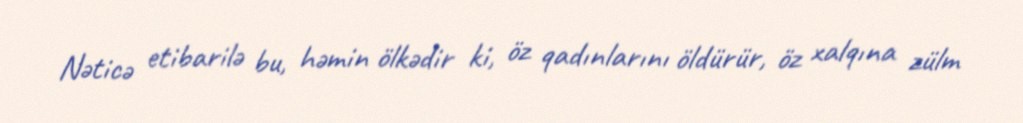
Nəticə etibarilə bu, həmin ölkədir ki, öz qadınlarını öldürür, öz xalqına zülm